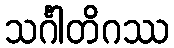
သင်္ဂါတိဂဿ